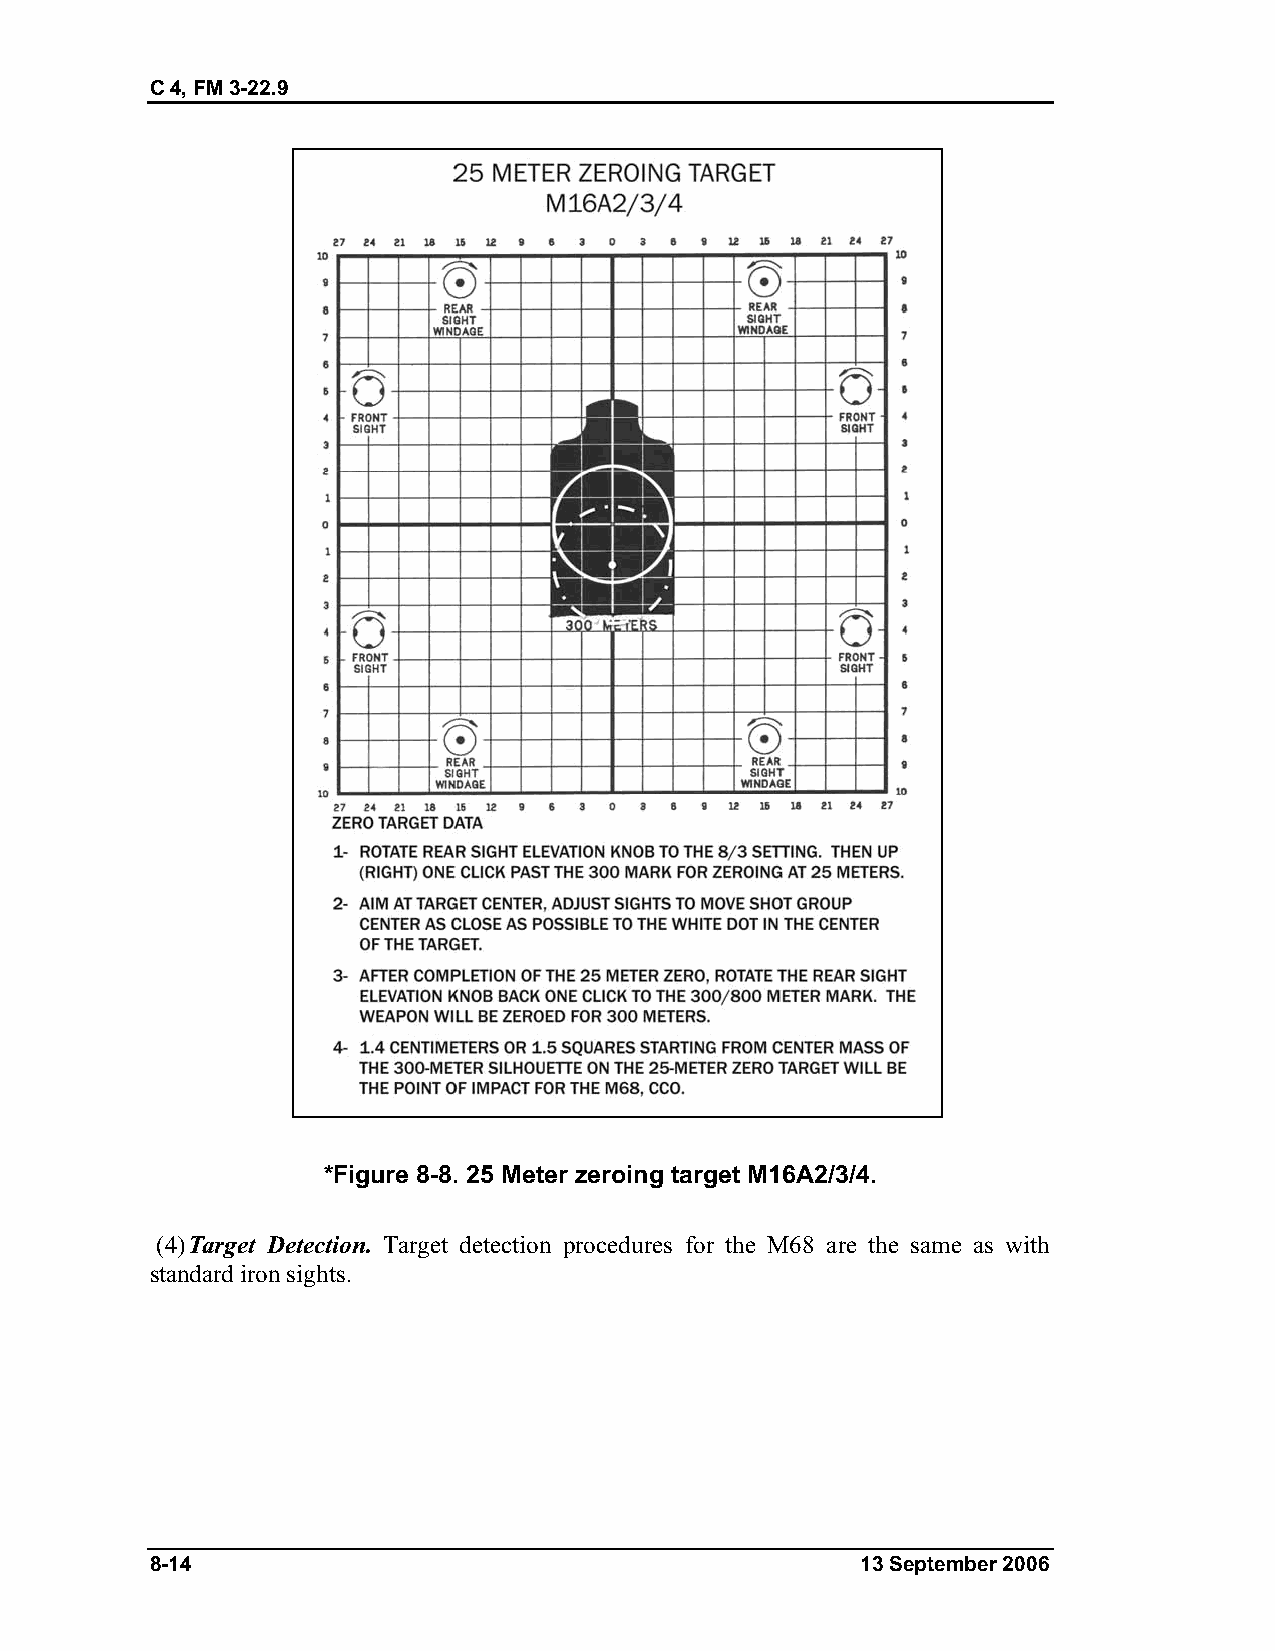
C 4, FM 3-22.9
 *Figure 8-8. 25 Meter zeroing target M16A2/3/4.
 (4) Target Detection. Target detection procedures for the M68 are the same as with
 standard iron sights.
 8-14                                           13 September 2006